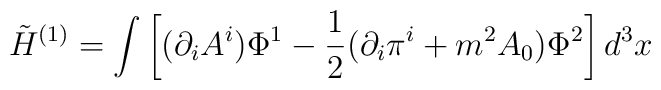
\tilde    H^{(1)}   =   \int   \left[   (\partial_iA^i)   \Phi^1   -\frac{1}{2}(\partial_i\pi^i + m^2 A_0) \Phi^2\right] d^3x